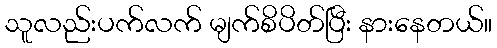
သူလည်းပက်လက် မျက်စိပိတ်ပြီး နားနေတယ်။